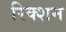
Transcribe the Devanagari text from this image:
रिक्शन